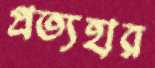
প্রত্যহার